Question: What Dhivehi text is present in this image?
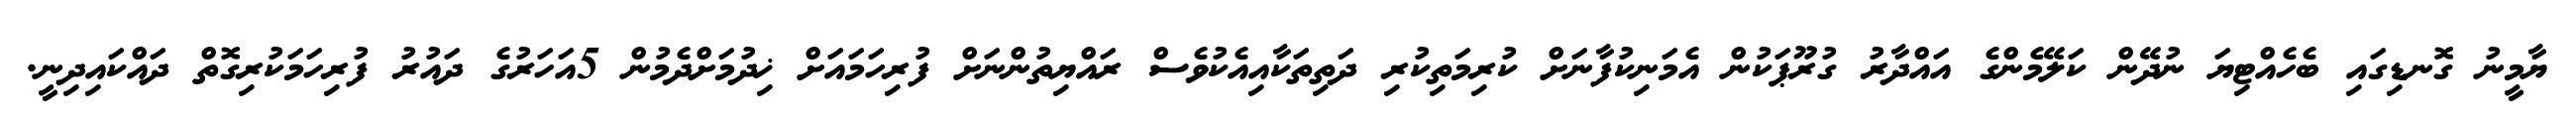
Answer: ޔާމީނު ގޮނޑިގައި ބެހެއްޓިޔަ ނުދޭން ކަލޭމެންގެ އައްދާރު ގުރޫޕަކުން އެމަނިކުފާނަށް ކުރިމަތިކުރި ދަތިތަކާއިއެކުވެސް ރައްޔިތުންނަށް ފުރިހަމައަށް ޚިދުމަށްދެމުން 5އަހަރުގެ ދައުރު ފުރިހަމަކުރިގޮތް ދައްކައިދިނީ.